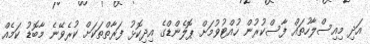
އަދި މިއިސްލާހުތައް ފާސްކުރުން ހުއްޓުވުމަށް ޕޮލެންޑްގެ އިދިކޮޅު ފަރާތްތަކަށް ކުރެވޭނެ މާބޮޑު ކަމެއް